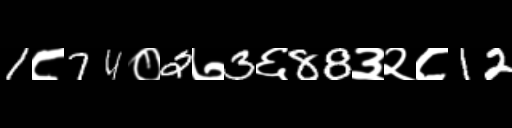
Text: 1८74०2७3६88३२८12